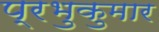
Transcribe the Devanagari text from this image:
प्रभुकुमार